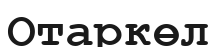
Отаркөл